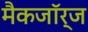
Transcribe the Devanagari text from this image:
मैकजॉर्ज